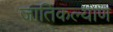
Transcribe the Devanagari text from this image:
जातिकल्याण